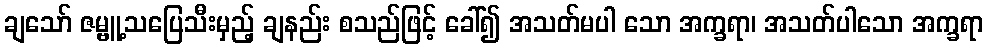
ချသော် ဇမ္ဗူ့သပြေသီးမှည့် ချနည်း စသည်ဖြင့် ခေါ်၍ အသတ်မပါ သော အက္ခရာ၊ အသတ်ပါသော အက္ခရာ